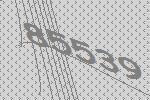
85539